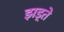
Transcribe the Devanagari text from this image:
झड़्ते